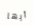
أيها